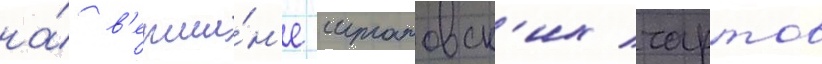
на́ в'ерши́н'е штатовск'их чартов